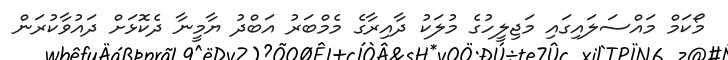
މޯކަމް މައްސަލައިގައި މަޖިލީހުގެ މުލަކު ދާއިރާގެ މެމްބަރު އަބްދު ޔާމީނާ ދެކޮޅަށް ދައުވާކުރަން